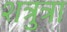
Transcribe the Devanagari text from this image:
शत्रुत्रा